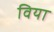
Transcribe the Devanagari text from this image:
विया